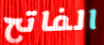
الفاتح